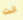
انت